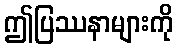
ဤပြဿနာများကို